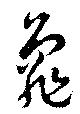
亀